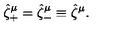
\hat { \zeta } _ { + } ^ { \mu } = \hat { \zeta } _ { - } ^ { \mu } \equiv \hat { \zeta } ^ { \mu } .